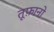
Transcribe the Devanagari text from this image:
तूफ़ानो